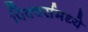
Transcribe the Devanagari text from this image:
पिक्चर्समध्ये